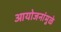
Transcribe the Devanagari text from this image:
आयोजनांमुळे